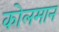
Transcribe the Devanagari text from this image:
कोलमान